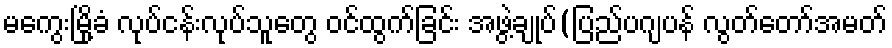
မကွေးမြို့ခံ လုပ်ငန်းလုပ်သူတွေ ဝင်ထွက်ခြင်း အဖွဲ့ချုပ်(ပြည်ပဂျပန် လွတ်တော်အမတ်